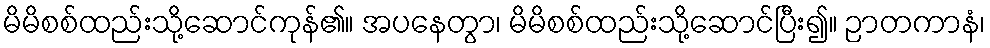
မိမိစစ်ထည်းသို့ဆောင်ကုန်၏။ အပနေတွာ၊ မိမိစစ်ထည်းသို့ဆောင်ပြီး၍။ ဉာတကာနံ၊